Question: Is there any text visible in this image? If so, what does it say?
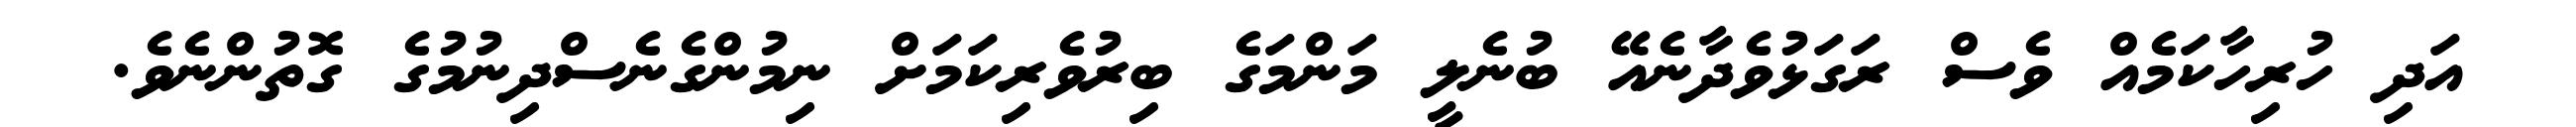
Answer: އަދި ހުރިހާކަމެއް ވެސް ރަގަޅުވެދާނެއޭ ބުނެލީ މަންމަގެ ބިރުވެރިކަމަށް ނިމުންގެނެސްދިނުމުގެ ގޮތުންނެވެ.